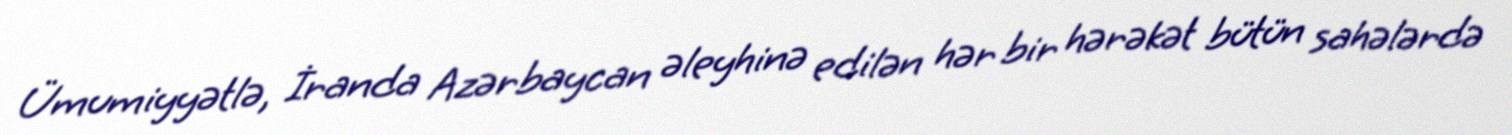
Ümumiyyətlə, İranda Azərbaycan əleyhinə edilən hər bir hərəkət bütün sahələrdə